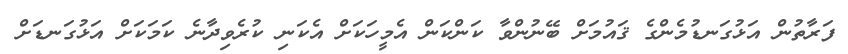
ފަރާތުން އަޅުގަނޑުމެންގެ ޤައުމަށް ބޭނުންވާ ކަންކަން އެމީހަކަށް އެކަނި ކުރެވިދާނެ ކަމަކަށް އަޅުގަނޑަށް